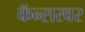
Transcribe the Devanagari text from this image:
कॅन्सरवर